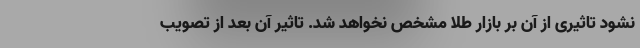
نشود تاثیری از آن بر بازار طلا مشخص نخواهد شد. تاثیر آن بعد از تصویب